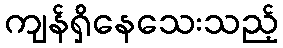
ကျန်ရှိနေသေးသည့်